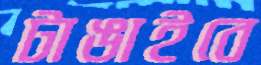
টাঙাইবে